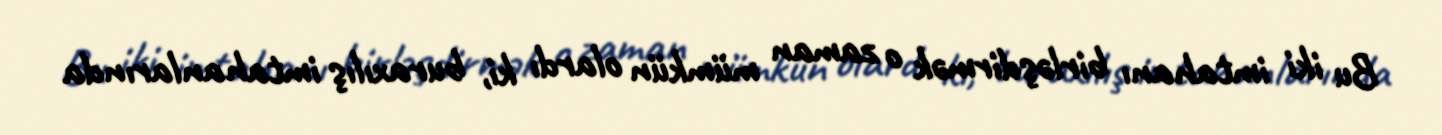
Bu iki imtahanı birləşdirmək o zaman mümkün olardı ki, buraxılış imtahanlarında